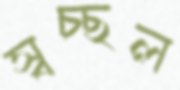
স্বচ্ছল